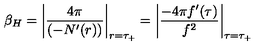
\beta _ { H } = \left| \frac { 4 \pi } { ( - N ^ { \prime } ( r ) ) } \right| _ { r = \tau _ { + } } = \left| \frac { - 4 \pi f ^ { \prime } ( \tau ) } { f ^ { 2 } } \right| _ { \tau = \tau _ { + } }